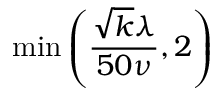
\operatorname* { m i n } { \left( \frac { \sqrt { k } \lambda } { 5 0 \nu } , 2 \right) }